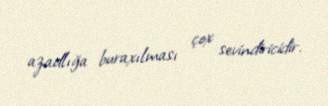
azadlığa buraxılması çox sevindiricidir.